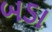
બડા